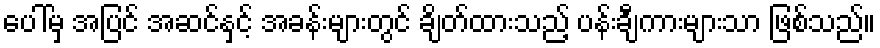
ပေါ်မှ အပြင် အဆင်နှင့် အခန်းများတွင် ချိတ်ထားသည့် ပန်းချီကားများသာ ဖြစ်သည်။